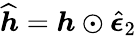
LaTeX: \widehat{\boldsymbol{h}}=\boldsymbol{h}\odot\widehat{\boldsymbol{\epsilon}}_{2}